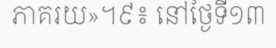
ភាគរយ»។៩៖ នៅថ្ងៃទី១៣